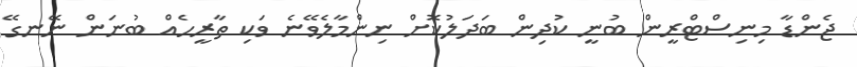
ޖެންޑާ މިނިސްޓްރީން ބުނީ ކުދިން ބަދަލުކޮށް ނިންމާލެވޭނެ ވަކި ތާރީހެއް ބުނަން ނޭނގޭ